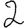
Digit: 2